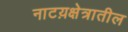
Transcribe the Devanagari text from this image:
नाटय़क्षेत्रातील